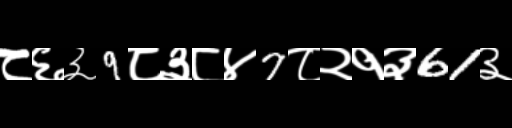
Text: ८६३9८३८४7८२१३61३